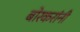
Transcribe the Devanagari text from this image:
बोरकरांनी